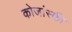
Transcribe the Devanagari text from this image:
कोजांस्की